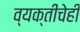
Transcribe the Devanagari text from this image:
व्यक्तींचेही